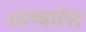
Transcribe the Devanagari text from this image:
आग्वारेस